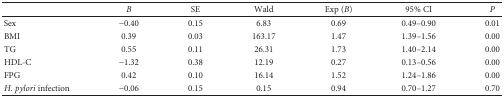
|  | B | SE | Wald | Exp (B) | 95% CI | P |
 | --- | --- | --- | --- | --- | --- | --- |
 | Sex | −0.40 | 0.15 | 6.83 | 0.69 | 0.49–0.90 | 0.01 |
 | BMI | 0.39 | 0.03 | 163.17 | 1.47 | 1.39–1.56 | 0.00 |
 | TG | 0.55 | 0.11 | 26.31 | 1.73 | 1.40–2.14 | 0.00 |
 | HDL-C | −1.32 | 0.38 | 12.19 | 0.27 | 0.13–0.56 | 0.00 |
 | FPG | 0.42 | 0.10 | 16.14 | 1.52 | 1.24–1.86 | 0.00 |
 | H. pylori infection | −0.06 | 0.15 | 0.15 | 0.94 | 0.70–1.27 | 0.70 |